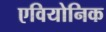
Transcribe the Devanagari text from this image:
एवियोनिक